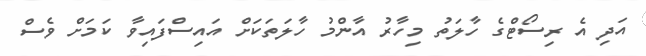
އަދި އެ ރިސޯޓްގެ ހާލަތު މިހާރު އާންމު ހާލަތަކަށް އައިސްފައިވާ ކަމަށް ވެސް